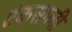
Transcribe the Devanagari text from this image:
टंकसाली